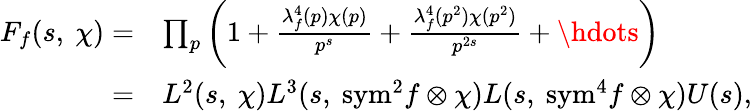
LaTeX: \begin{array}{rl}{F_{f}(s,\ \chi)=}&{\prod_{p}\left(1+\frac{\lambda_{f}^{4}(p)\chi(p)}{p^{s}}+\frac{\lambda_{f}^{4}(p^{2})\chi(p^{2})}{p^{2s}}+\hdots\right)}\\ {=}&{L^{2}(s,\ \chi)L^{3}(s,\ \mathrm{{sym}^{2}}f\otimes\chi)L(s,\ \mathrm{sym}^{4}f\otimes\chi)U(s),}\end{array}